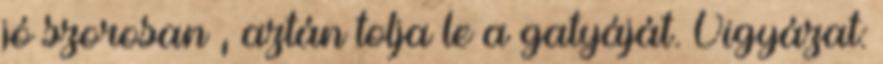
jó szorosan , aztán tolja le a gatyáját. Vigyázat: